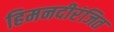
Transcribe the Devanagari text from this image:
हिमनदीरंजित